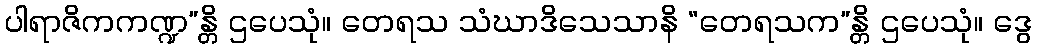
ပါရာဇိကကဏ္ဍ”န္တိ ဌပေသုံ။ တေရသ သံဃာဒိသေသာနိ “တေရသက”န္တိ ဌပေသုံ။ ဒွေ